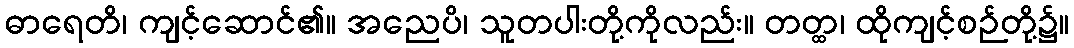
ဓာရေတိ၊ ကျင့်ဆောင်၏။ အညေပိ၊ သူတပါးတို့ကိုလည်း။ တတ္ထ၊ ထိုကျင့်စဉ်တို့၌။